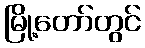
မြို့တော်တွင်